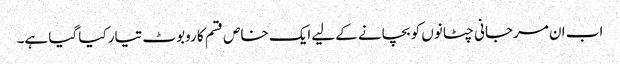
اب ان مرجانی چٹانوں کو بچانے کےلیے ایک خاص قسم کا روبوٹ تیار کیا گیا ہے۔